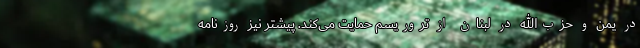
در یمن و حزب‌الله در لبنان از تروریسم حمایت می‌کند. پیشتر نیز روزنامه